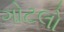
ગોટલો